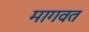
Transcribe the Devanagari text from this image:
मागवत